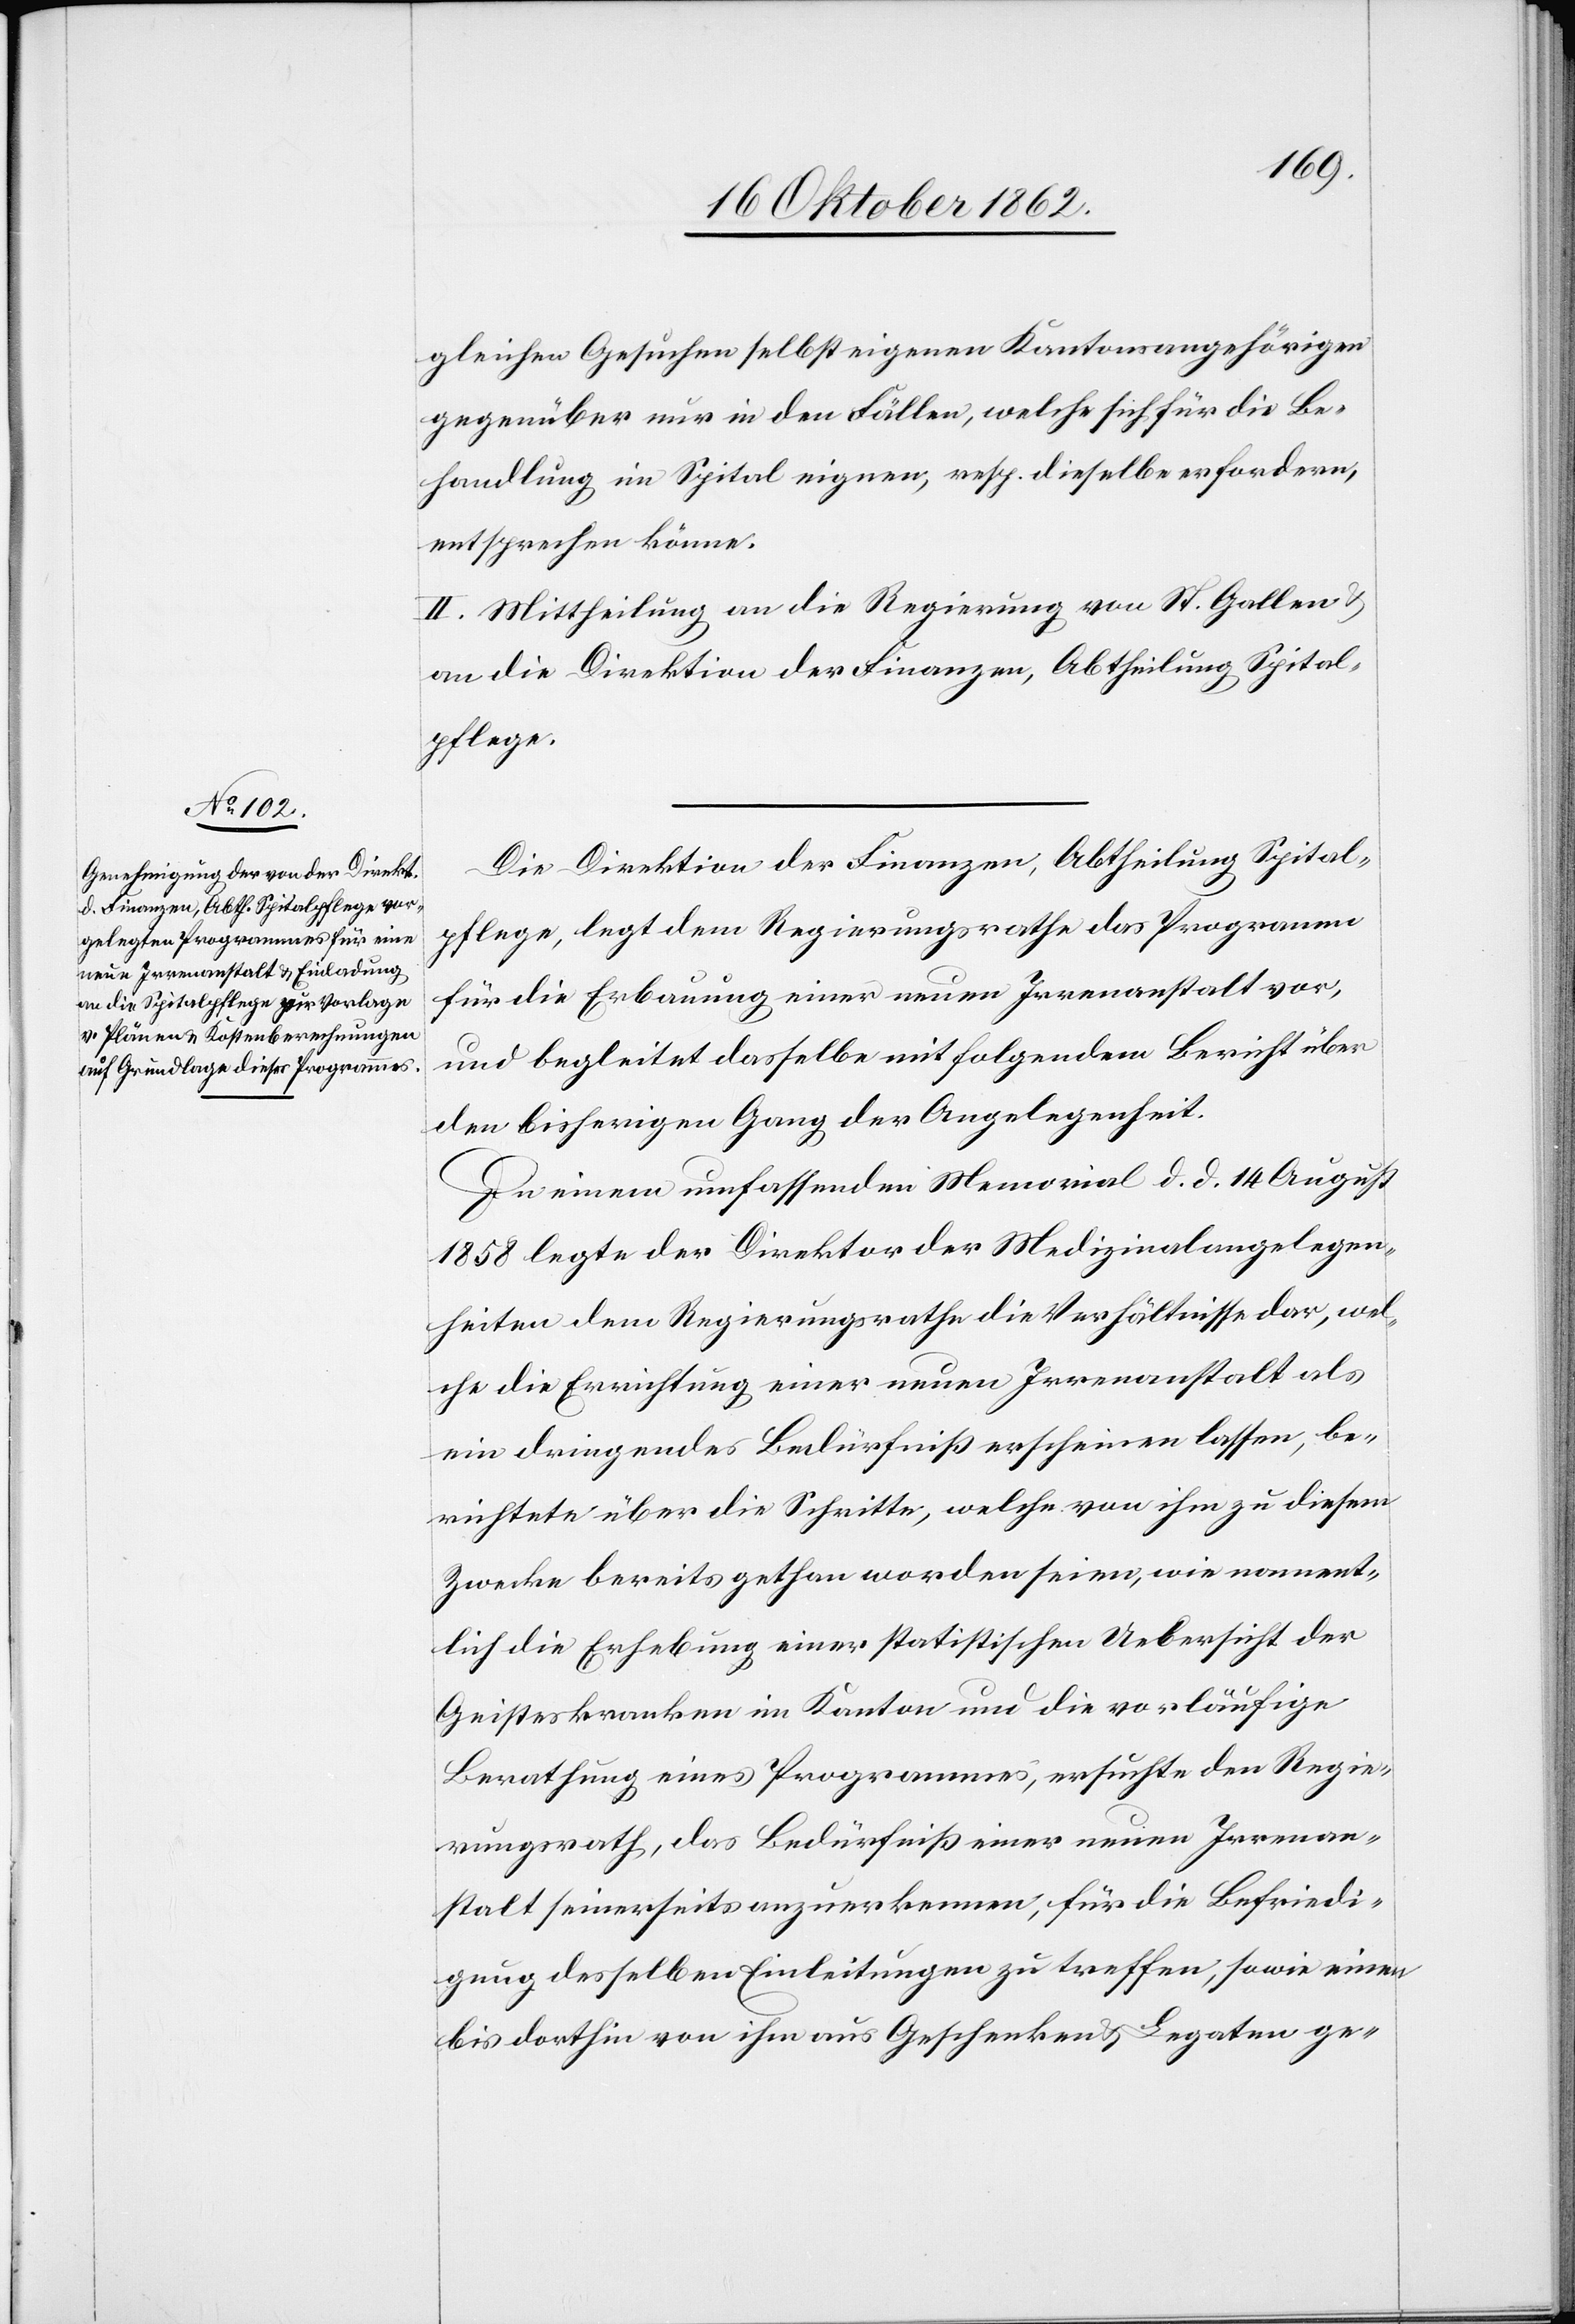
gleichen Gesuchen selbst eigenen Kantonsangehörigen
gegenüber nur in den Fällen, welche sich für die Be¬
handlung im Spital eignen, resp. dieselbe erfordern,
entsprechen könne.
II. Mittheilung an die Regierung von St. Gallen u.
an die Direktion der Finanzen, Abtheilung Spital¬
pflege.
Die Direktion der Finanzen, Abtheilung Spital¬
pflege, legt dem Regierungsrathe das Programm
für die Erbauung einer neuen Irrenanstalt vor,
und begleitet dasselbe mit folgendem Bericht über
den bisherigen Gang der Angelegenheit.
In einem umfassenden Memorial d. d. 14. August
1858 legte der Direktor der Medizinalangelegen¬
heiten dem Regierungsrathe die Verhältnisse dar, wel¬
che die Errichtung einer neuen Irrenanstalt als
ein dringendes Bedürfniß erscheinen lassen, be¬
richtete über die Schritte, welche von ihm zu diesem
Zwecke bereits gethan worden seien, wie nament¬
lich die Erhebung einer statistischen Uebersicht der
Geisteskranken im Kanton und die vorläufige
Berathung eines Programmes, ersuchte den Regie¬
rungsrathe, das Bedürfniß einer neuen Irrenan¬
stalt seinerseits anzuerkennen, für die Befriedi¬
gung desselben Einleitungen zu treffen, sowie einen
bis dorthin von ihm aus Geschenken u. Legaten ge-